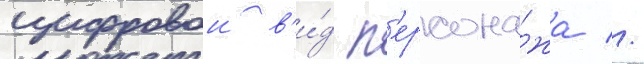
цифровои в'и́д п'ерсона́жа //